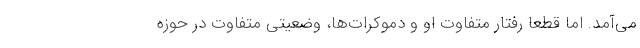
می‌آمد. اما قطعاً رفتار متفاوت او و دموکرات‌ها، وضعیتی متفاوت در حوزه